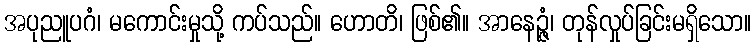
အပုညူပဂံ၊ မကောင်းမှုသို့ ကပ်သည်။ ဟောတိ၊ ဖြစ်၏။ အာနေဉ္ဇံ၊ တုန်လှုပ်ခြင်းမရှိသော။